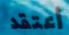
أعتقد